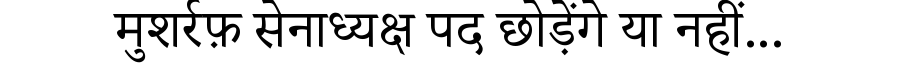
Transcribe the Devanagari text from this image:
मुशर्रफ़ सेनाध्यक्ष पद छोड़ेंगे या नहीं...